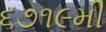
૬૭૧૯મી